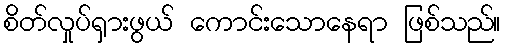
စိတ်လှုပ်ရှားဖွယ် ကောင်းသောနေရာ ဖြစ်သည်။